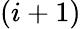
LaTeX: (i+1)